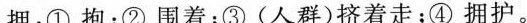
拥：①抱；②围着；③(人群)挤着走；④拥护。